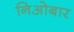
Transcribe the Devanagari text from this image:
निओबार